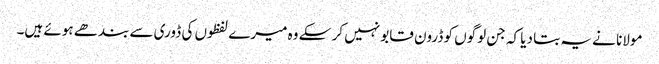
مولانا نے یہ بتا دیا کہ جن لوگوں کو ڈرون قابو نہیں کر سکے وہ میرے لفظوں کی ڈوری سے بندھے ہوئے ہیں۔